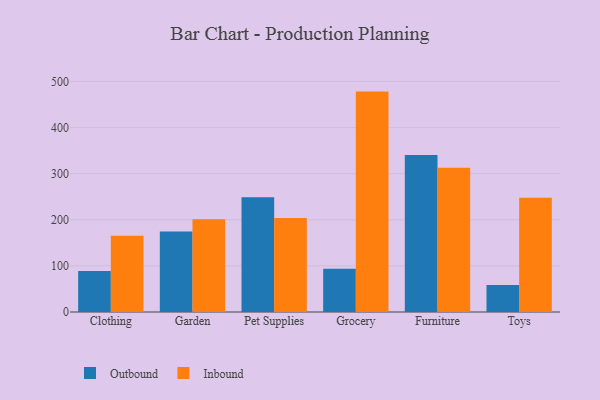
{"axis": {"x": "Category", "y": "Revenue (USD Million)"}, "legend": ["Inbound", "Outbound"], "data": [{"x": "Clothing", "y": 89.1, "type": "Outbound"}, {"x": "Clothing", "y": 165.1, "type": "Inbound"}, {"x": "Garden", "y": 174.5, "type": "Outbound"}, {"x": "Garden", "y": 201.0, "type": "Inbound"}, {"x": "Pet Supplies", "y": 249.0, "type": "Outbound"}, {"x": "Pet Supplies", "y": 204.1, "type": "Inbound"}, {"x": "Grocery", "y": 94.0, "type": "Outbound"}, {"x": "Grocery", "y": 478.0, "type": "Inbound"}, {"x": "Furniture", "y": 340.3, "type": "Outbound"}, {"x": "Furniture", "y": 313.0, "type": "Inbound"}, {"x": "Toys", "y": 58.8, "type": "Outbound"}, {"x": "Toys", "y": 247.8, "type": "Inbound"}]}